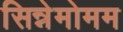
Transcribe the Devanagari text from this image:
सिन्नेमोमम